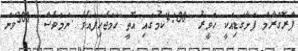
ޕްރޮގްރާމް ފަށާގަޑިއަކީ ހަވީރު  4:00ކަމުގައި އޮތީ ހަމަޖެހިފައެވެ .ނަމަވެސް  300ވަނަ